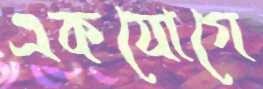
একযোগে